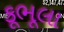
કૂભૂલા